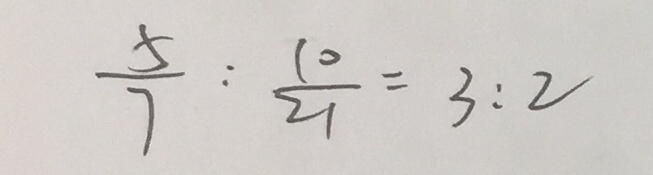
\frac { 5 } { 7 } : \frac { 1 0 } { 2 1 } = 3 : 2